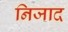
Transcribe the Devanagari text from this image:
निजाद